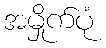
အမှိုက်ပုံ